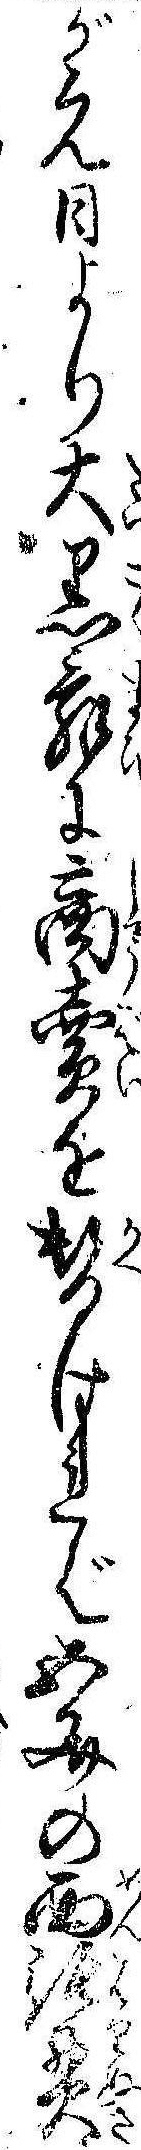
が元日より大黒舞に商売を替ければ五文の面張貫